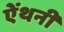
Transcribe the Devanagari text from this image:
ऐंथनी